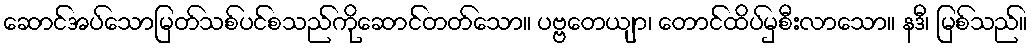
ဆောင်အပ်သောမြတ်သစ်ပင်စသည်ကိုဆောင်တတ်သော။ ပဗ္ဗတေယျာ၊ တောင်ထိပ်မှစီးလာသော။ နဒီ၊ မြစ်သည်။